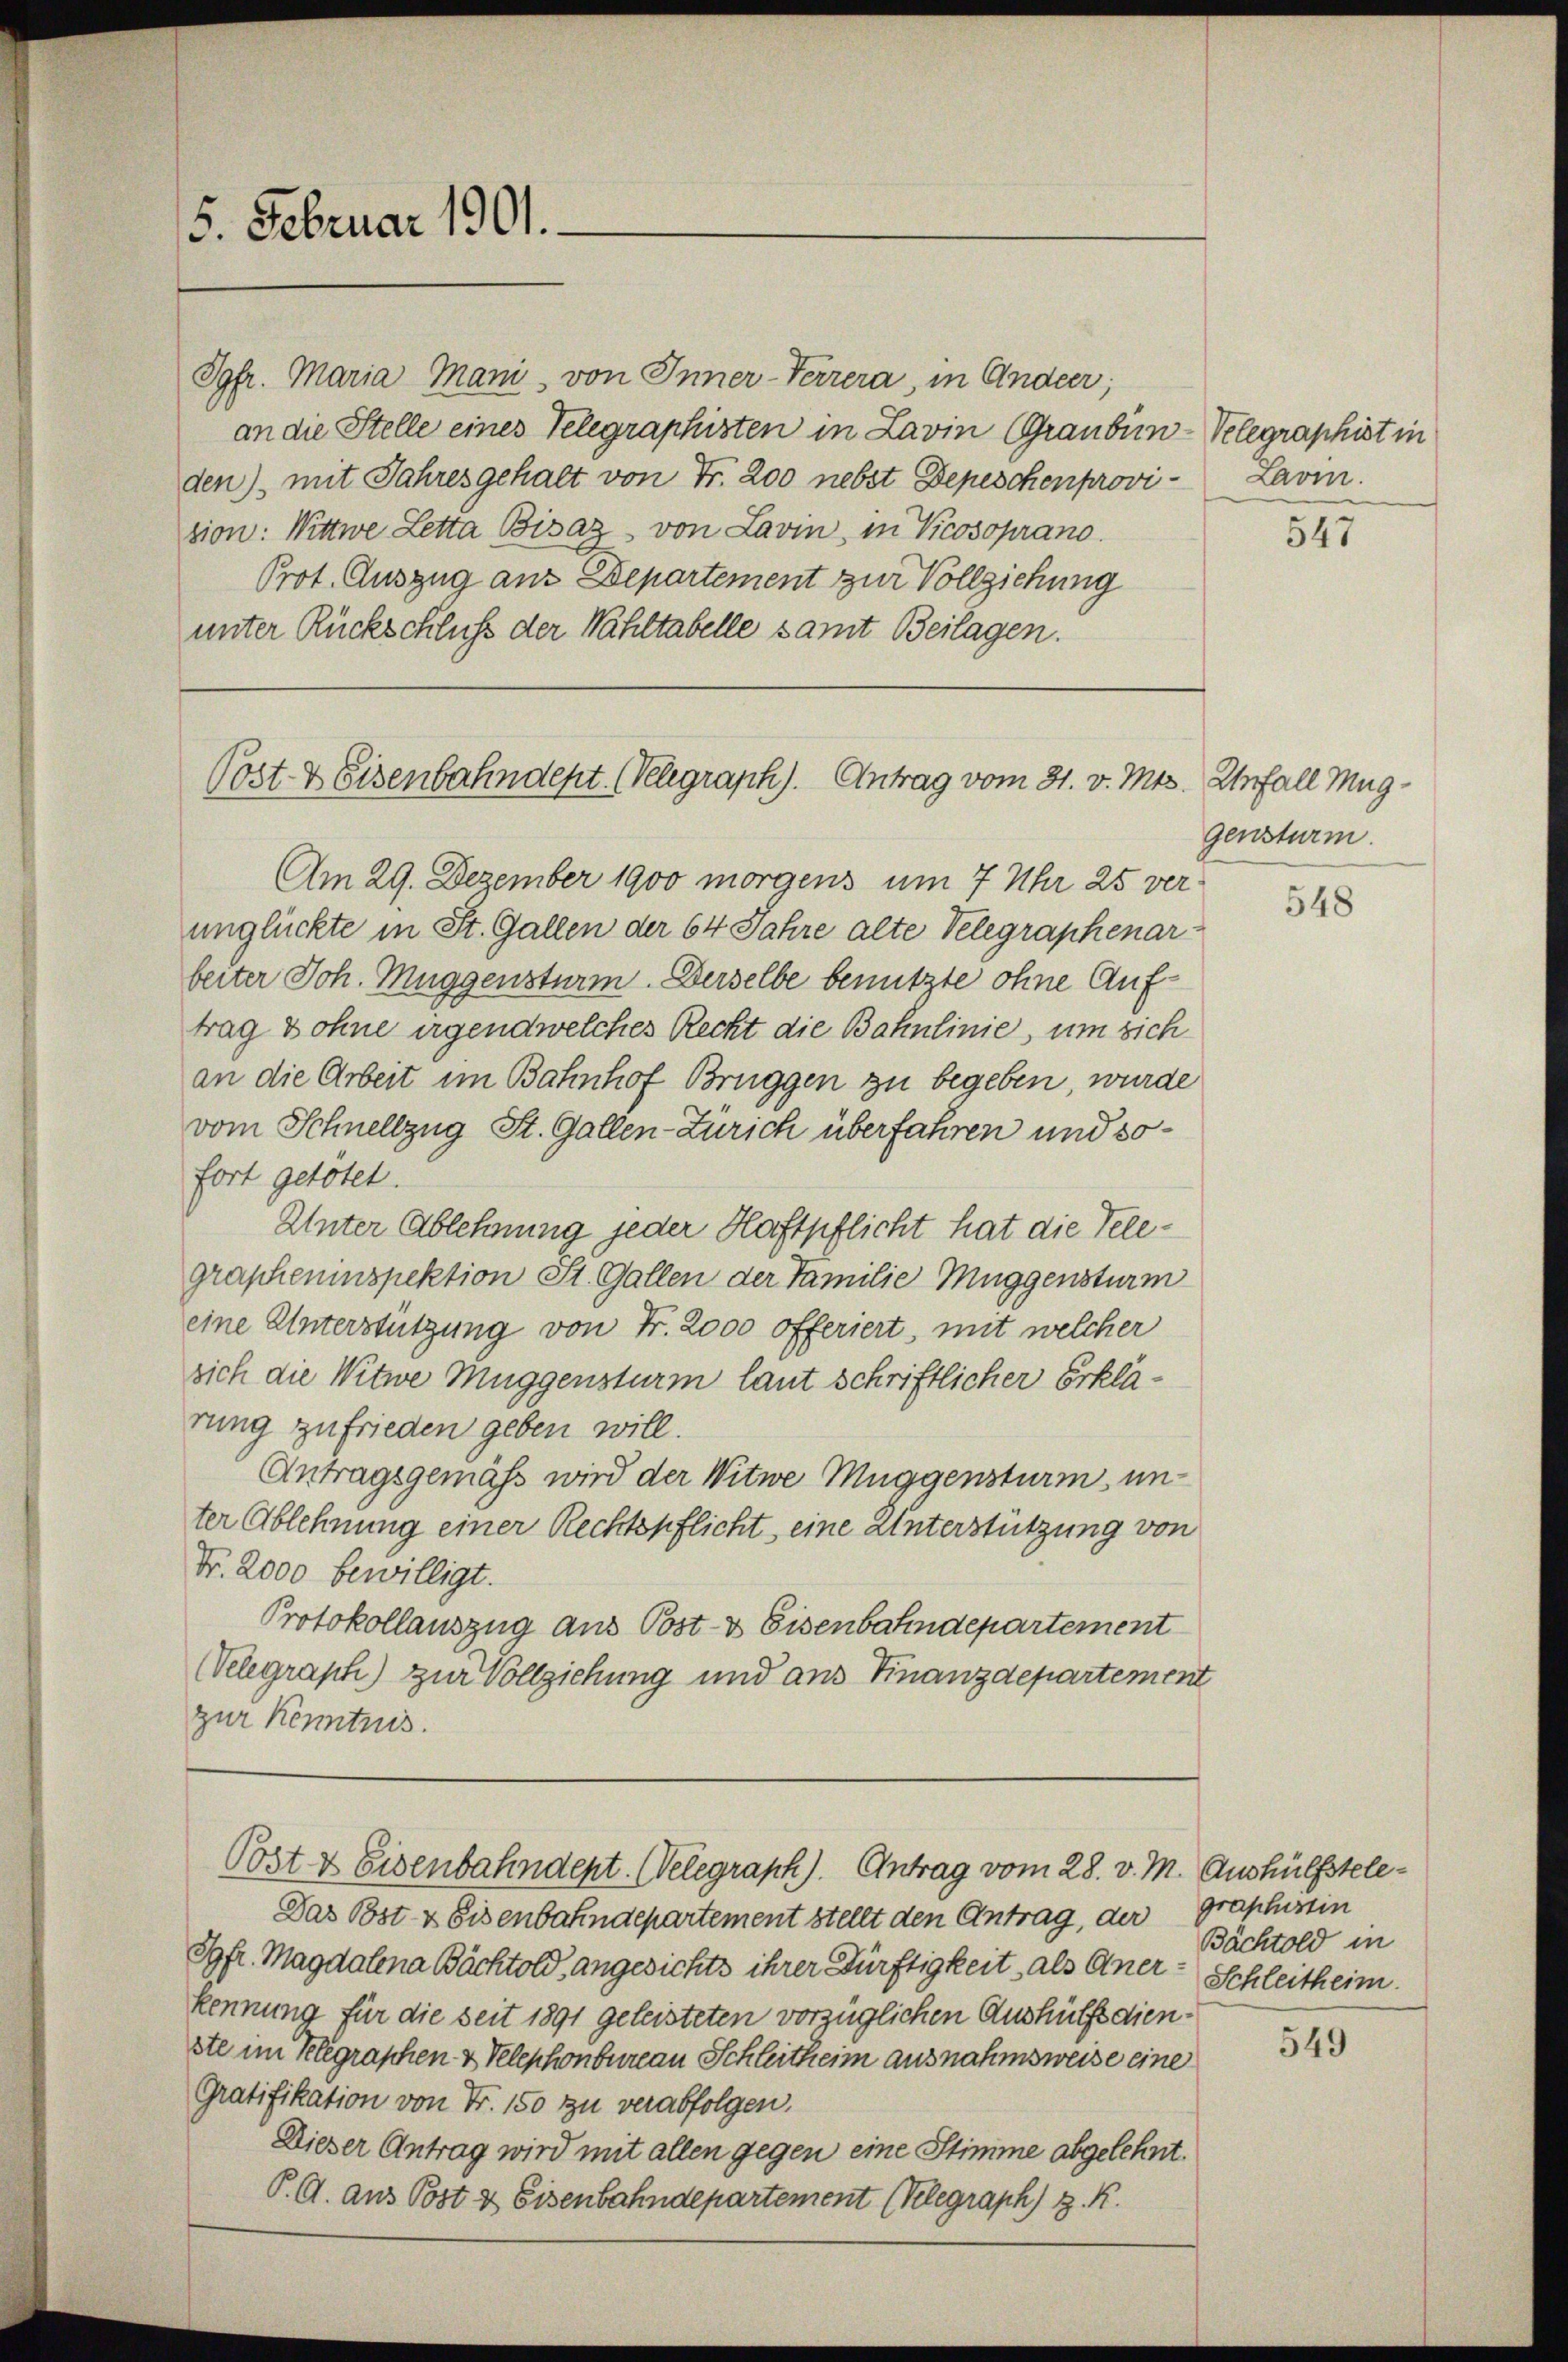
5. Februar 1901.

Post- & Eisenbahndept. (Velegraph). Antrag vom 31. v. Mts. Unfall Mug¬

Jgfr. Maria Mani, von Inner-Terrera, in Ander,
an die Stelle eines Telegraphisten in Lavin Grauben-Velegraphist in
den) mit Jahres gehalt von Fr. 200 nebst Depeschenprovi- Lavi.
sion: Wittwe Letta Bisaz, von Lavin, in Picosoprano.
Prot. Auszug ans Departement zur Vollziehung
unter Rückschluß der Wahltabelle samt Beilagen.

Am 29. Dezember 1900 morgens um 7 Uhr 25 verunglückte in St. Gallen der 64 Jahre alte Velegraphenar-
beiter Joh. Muggensturm. Derselbe benutzte ohne Auftrag ohne irgendwelches Recht die Bahnlinie, um sich
an die Arbeit im Bahnhof Brüggen zu begeben, wurde
vom Schnellzug St. Gallen-Zürich überfahren und sofort getötet.
Unter Ablehnung jeder Haftpflicht hat die Telegrapheninspektion St. Gallen der Familie Muggensturm
eine Unterstützung von Fr. 2000 offeriert, mit welcher
sich die Witwe Muggensturm laut schriftlicher Erklärung zufrieden geben will.
Antragsgemäß wird der Witwe Muggensturm unter Ablehnung einer Rechtspflicht, eine Unterstützung von
Fr. 2000 bewilligt.
Protokollauszug aus Post- & Eisenbahndepartement
Velegraph) zur Vollziehung und aus Finanzdepartement
zur Kenntnis.

Jgfr. Magdalena Bächtold, angesichts ihrer Dürftigkeit als Aner- Schleitheim.
kennung für die seit 1891 geleisteten vorzüglichen Aushülfsdienste im Klegraphen & Telephonbureau Schleitheim ausnahmsweise eine
Gratifikation von Fr. 150 zu verabfolgen.
Dieser Antrag wird mit allen gegen eine Stimme abgelehnt.
P. G. aus Post & Eisenbahndepartement (Kelegraph) z. R.

Post & Eisenbahndent. Welegraph). Antrag vom 28. v. M.

Das Bst- & Eisenbahndepartement stellt den Antrag, der Graphistin

547

gensturm.

548

Aushülfstele-
Bächtold in

549